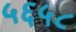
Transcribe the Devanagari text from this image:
५६५८